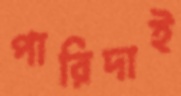
পারিদাই